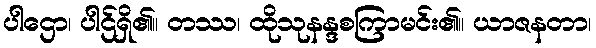
ပါဌော၊ ပါဌ်ရှိ၏။ တဿ၊ ထိုသုနန္ဒစကြာမင်း၏။ ယာဇနတာ၊